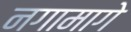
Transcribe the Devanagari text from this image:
नगामागे